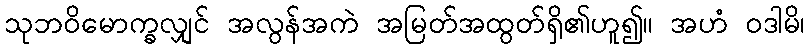
သုဘဝိမောက္ခလျှင် အလွန်အကဲ အမြတ်အထွတ်ရှိ၏ဟူ၍။ အဟံ ဝဒါမိ၊